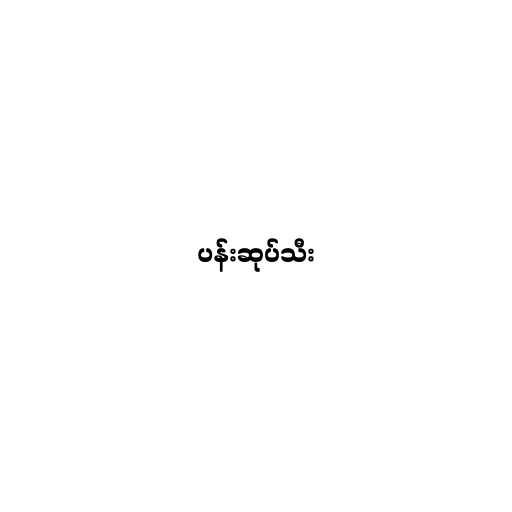
ပန်းဆုပ်သီး